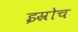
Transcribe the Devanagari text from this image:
इस्रोच